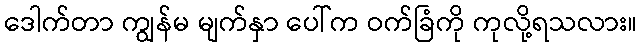
ဒေါက်တာ ကျွန်မ မျက်နှာ ပေါ်က ဝက်ခြံကို ကုလို့ရသလား။